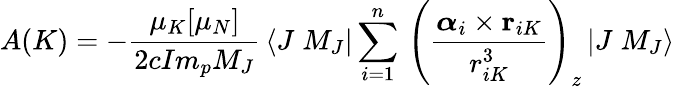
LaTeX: A(K)=-\frac{\mu_{K}[\mu_{N}]}{2cIm_{p}M_{J}}\, \left<J\; M_{J}\right|\sum_{i=1}^{n}\, \left(\frac{\boldsymbol{\alpha}_{i}\times{\mathbf{r}}_{iK}}{r_{iK}^{3}}\right)_{z}\left|J\; M_{J}\right>